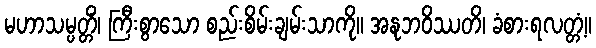
မဟာသမ္ပတ္တိံ၊ ကြီးစွာသော စည်းစိမ်းချမ်းသာကို။ အနုဘဝိဿတိ၊ ခံစားရလတ္တံ့။